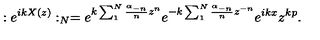
: e ^ { i k X ( z ) } : _ { N } = e ^ { k \sum _ { 1 } ^ { N } \frac { \alpha _ { - n } } { n } z ^ { n } } e ^ { - k \sum _ { 1 } ^ { N } \frac { \alpha _ { - n } } { n } z ^ { - n } } e ^ { i k x } z ^ { k p } .